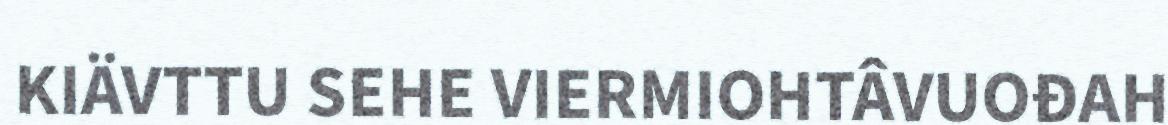
KIÄVTTU SEHE VIERMIOHTÂVUOĐAH